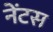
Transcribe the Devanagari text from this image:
नेंटस